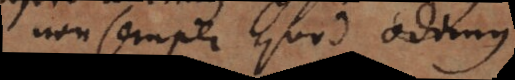
non semper quod odimus